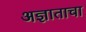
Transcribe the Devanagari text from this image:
अज्ञाताचा